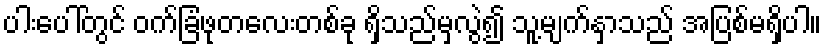
ပါးပေါ်တွင် ဝက်ခြံဖုတလေးတစ်ခု ရှိသည်မှလွဲ၍ သူ့မျက်နှာသည် အပြစ်မရှိပါ။